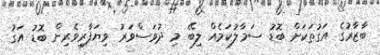
ބާޒާރުގެ އަގުތަކަށް ބޮޑު ސަމާލުކަމެއް ލިބޭ މި ދުވަސްވަރު ވިޔަފާރިވެރިން ބޮޑު އަގު